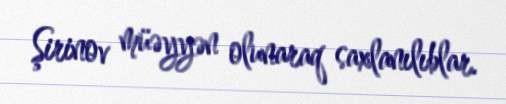
Şirinov müəyyən olunaraq saxlanılıblar.